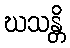
ဃသန္တိ